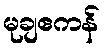
မုချဧကန်